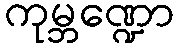
ကုမ္ဘဏ္ဍော